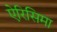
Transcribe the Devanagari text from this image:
ऐरिसिमा